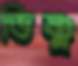
ভিষ্ণু